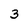
Character: 3